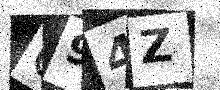
Text: C94Z